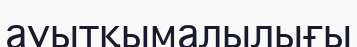
ауытқымалылығы